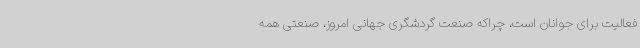
فعالیت برای جوانان است، چراکه صنعت گردشگری جهانی امروز، صنعتی همه